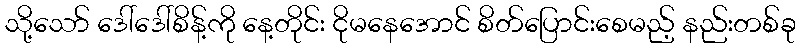
သို့သော် ဒေါ်ဒေါ်စိန့်ကို နေ့တိုင်း ငိုမနေအောင် စိတ်ပြောင်းစေမည့် နည်းတစ်ခု